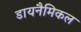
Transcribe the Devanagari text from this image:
डायनैमिकल